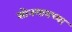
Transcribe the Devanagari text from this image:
सोनगावच्या